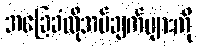
အခြေခံလိုအပ်ချက်များကို